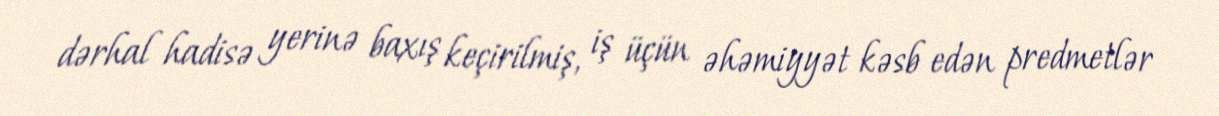
dərhal hadisə yerinə baxış keçirilmiş, iş üçün əhəmiyyət kəsb edən predmetlər